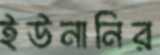
ইউনানির